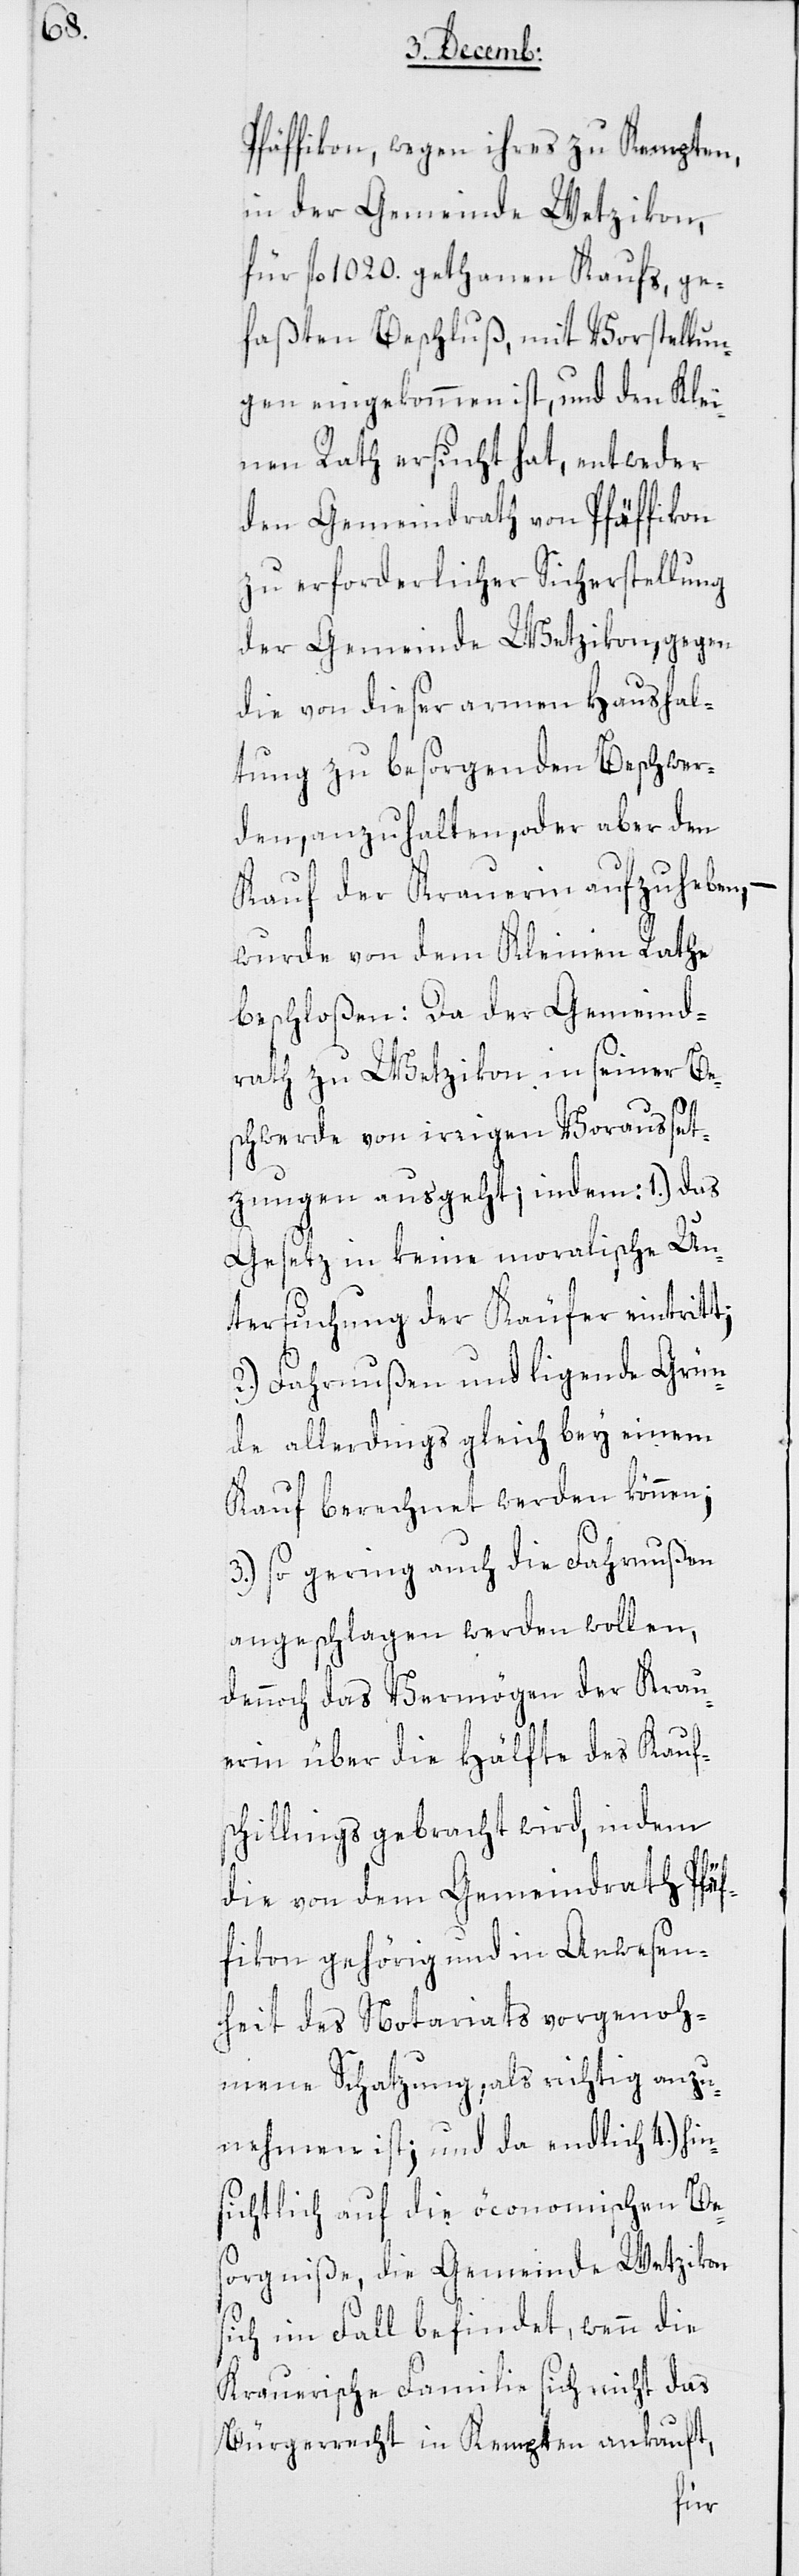
4.) hin¬

Pfäffikon, wegen ihres zu Kempten
in der Gemeinde Wetzikon,
für fl. 1020. gethanen Kaufs, ge¬
faßten Beschluß, mit Vorstellun¬
gen eingekommen ist, und den Klei¬
nen Rath ersucht hat, entweder
den Gemeindrath von Pfäffikon
zu erforderlicher Sicherstellung
der Gemeinde Wetzikon, gegen
die von dieser armen Haushal¬
tung zu besorgenden Beschwer¬
den, anzuhalten, oder aber den
Kauf der Krauerin aufzuheben,
wurde von dem Kleinen Rathe
beschloßen: Da der Gemeind¬
rath zu Wetzikon in seiner Be¬
schwerde von irrigen Vorausset¬
zungen ausgeht, indem:
Gesetz in keine moralische Un¬
tersuchung der Käufer eintritt;
2.) Fahrnußen und ligende Grün¬
de allerdings gleich bey einem
Kauf berechnet werden können;
3.) so gering auch die Fahrnußen
angeschlagen werden wollen,
dennoch das Vermögen der Krau¬
erin über die Hälfte des Kauf¬
schillings gebracht wird, indem
die von dem Gemeindrath Pfäf¬
fikon gehörig und in Anwesen¬
heit des Notariats vorgenoh¬
mene Schatzung, als richtig anzu¬
nehmen ist; und da endlich
sichtlich auf die öconomischen Be¬
sorgniße, die Gemeinde Wetzikon
sich im Fall befindet, wenn die
Krauerische Familie sich nicht das
Bürgerrecht in Kempten ankauft,